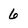
Character: 6